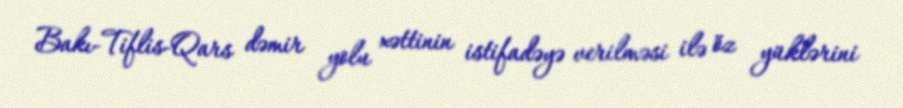
Bakı-Tiflis-Qars dəmir yolu xəttinin istifadəyə verilməsi ilə öz yüklərini